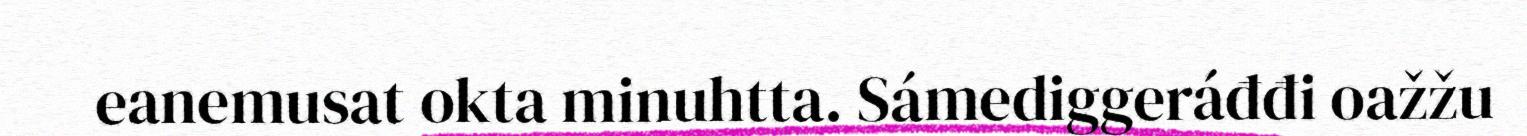
eanemusat okta minuhtta. Sámediggeráđđi oažžu